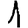
Digit: 1